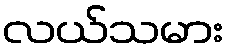
လယ်သမား